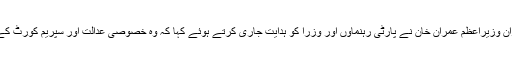
کور کمیٹی اجلاس کے دوران وزیراعظم عمران خان نے پارٹی رہنماؤں اور وزرا کو ہدایت جاری کرتے ہوئے کہا کہ وہ خصوصی عدالت اور سپریم کورٹ کے فیصلوں پر بیانات نہ دیں۔